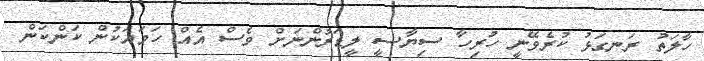
ހާލަތު ރަނގަޅު ކުރެވޭނީ ހުރިހާ ސިޔާސީ ލީޑަރުންނަށް ވެސް އެއް ހަމައަކުން ކަންކަން